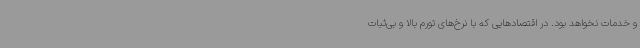
و خدمات نخواهد بود. در اقتصادهایی که با نرخ‌های تورم بالا و بی‌ثبات